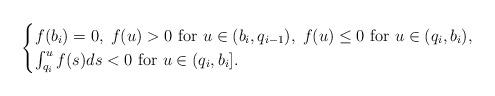
LaTeX: \begin{align*}\begin{cases}f(b_i)=0,\; f(u)>0 \mbox{ for } u\in (b_i, q_{i-1}), \; f(u)\leq 0 \mbox{ for } u\in (q_i, b_i),\\ \int_{q_i}^u f(s)ds<0 \mbox{ for } u\in (q_i, b_i].\end{cases}\end{align*}